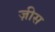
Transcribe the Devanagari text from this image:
ज़ीस